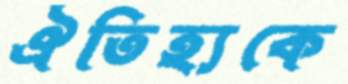
ঐতিহ্যকে